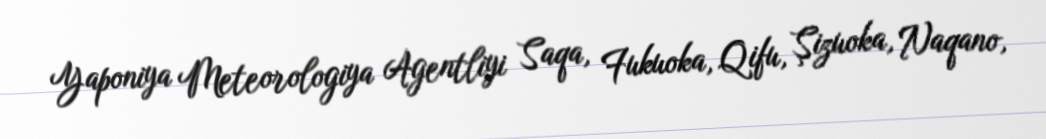
Yaponiya Meteorologiya Agentliyi Saqa, Fukuoka, Qifu, Şizuoka, Naqano,